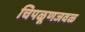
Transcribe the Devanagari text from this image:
चिपळूणजवळ